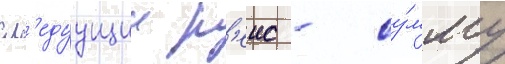
сл'едуущии р'еис - су́мму